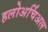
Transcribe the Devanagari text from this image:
हलोअर्चिअल